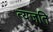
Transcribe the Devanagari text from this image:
त्यजति